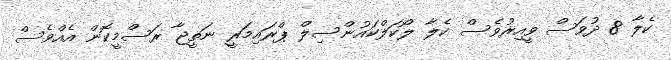
ކެލާ 8 ދުވަސް ވީއިރުވެސް ކެލާ ލޯކަލްކައުންސިލް ޕްރައިމަރީ ނަތީޖާ ރަސްމީކޮން އެއްވެސް